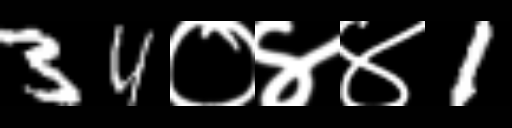
Text: 34०४४1